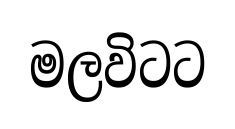
මලවිටට